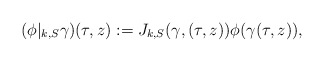
\begin{align*} (\phi|_{k,S} \gamma)(\tau,z):=J_{k,S}(\gamma, (\tau,z))\phi(\gamma(\tau,z)),\end{align*}